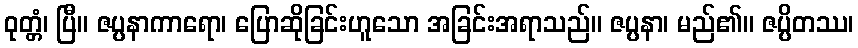
ဝုတ္တံ၊ ပြီ။ ဇပ္ပနာကာရော၊ ပြောဆိုခြင်းဟူသော အခြင်းအရာသည်။ ဇပ္ပနာ၊ မည်၏။ ဇပ္ပိတဿ၊